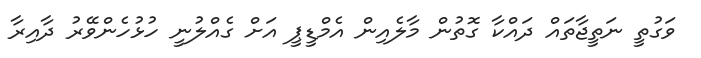
ވަގުތީ ނަތީޖާތައް ދައްކާ ގޮތުން މާލެއިން އެމްޑީޕީ އަށް ގެއްލުނީ ހުޅުހެންވޭރު ދާއިރާ